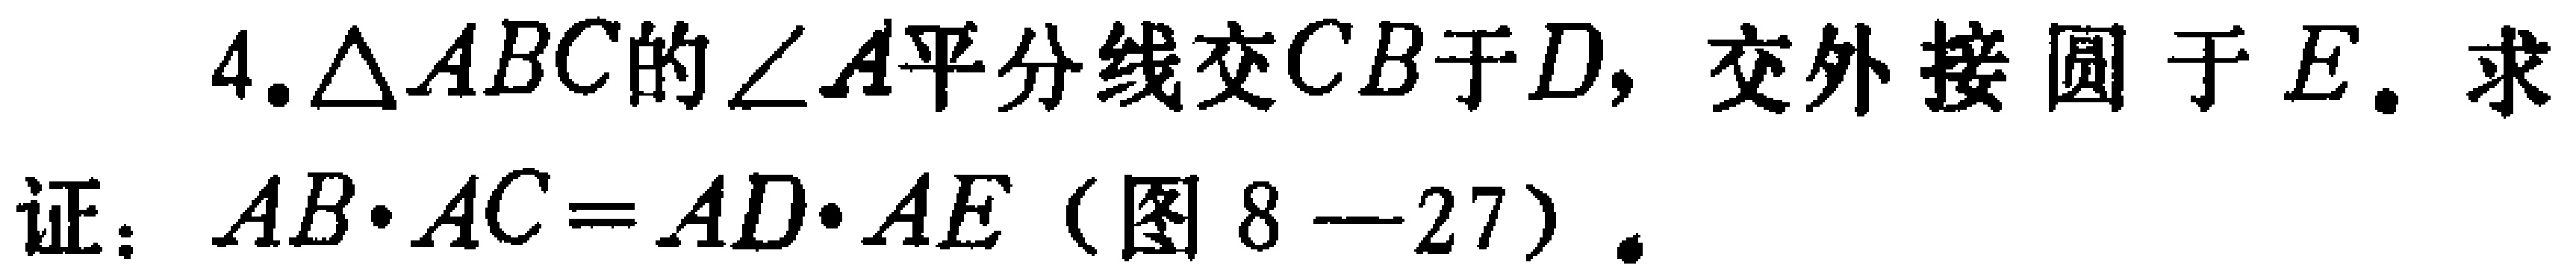
4.$\triangle ABC$的$\angle A$平分线交$CB$于$D$，交外接圆于$E$. 求

证：$AB\cdot AC = AD\cdot AE$（图8—27）.